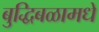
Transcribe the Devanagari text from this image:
बुद्धिबळामधे